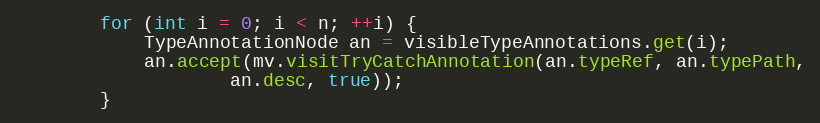
Language: Java
        for (int i = 0; i < n; ++i) {
            TypeAnnotationNode an = visibleTypeAnnotations.get(i);
            an.accept(mv.visitTryCatchAnnotation(an.typeRef, an.typePath,
                    an.desc, true));
        }